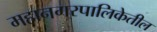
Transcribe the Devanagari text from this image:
महानगरपालिकेतील